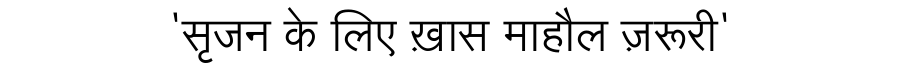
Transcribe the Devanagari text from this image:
'सृजन के लिए ख़ास माहौल ज़रूरी'